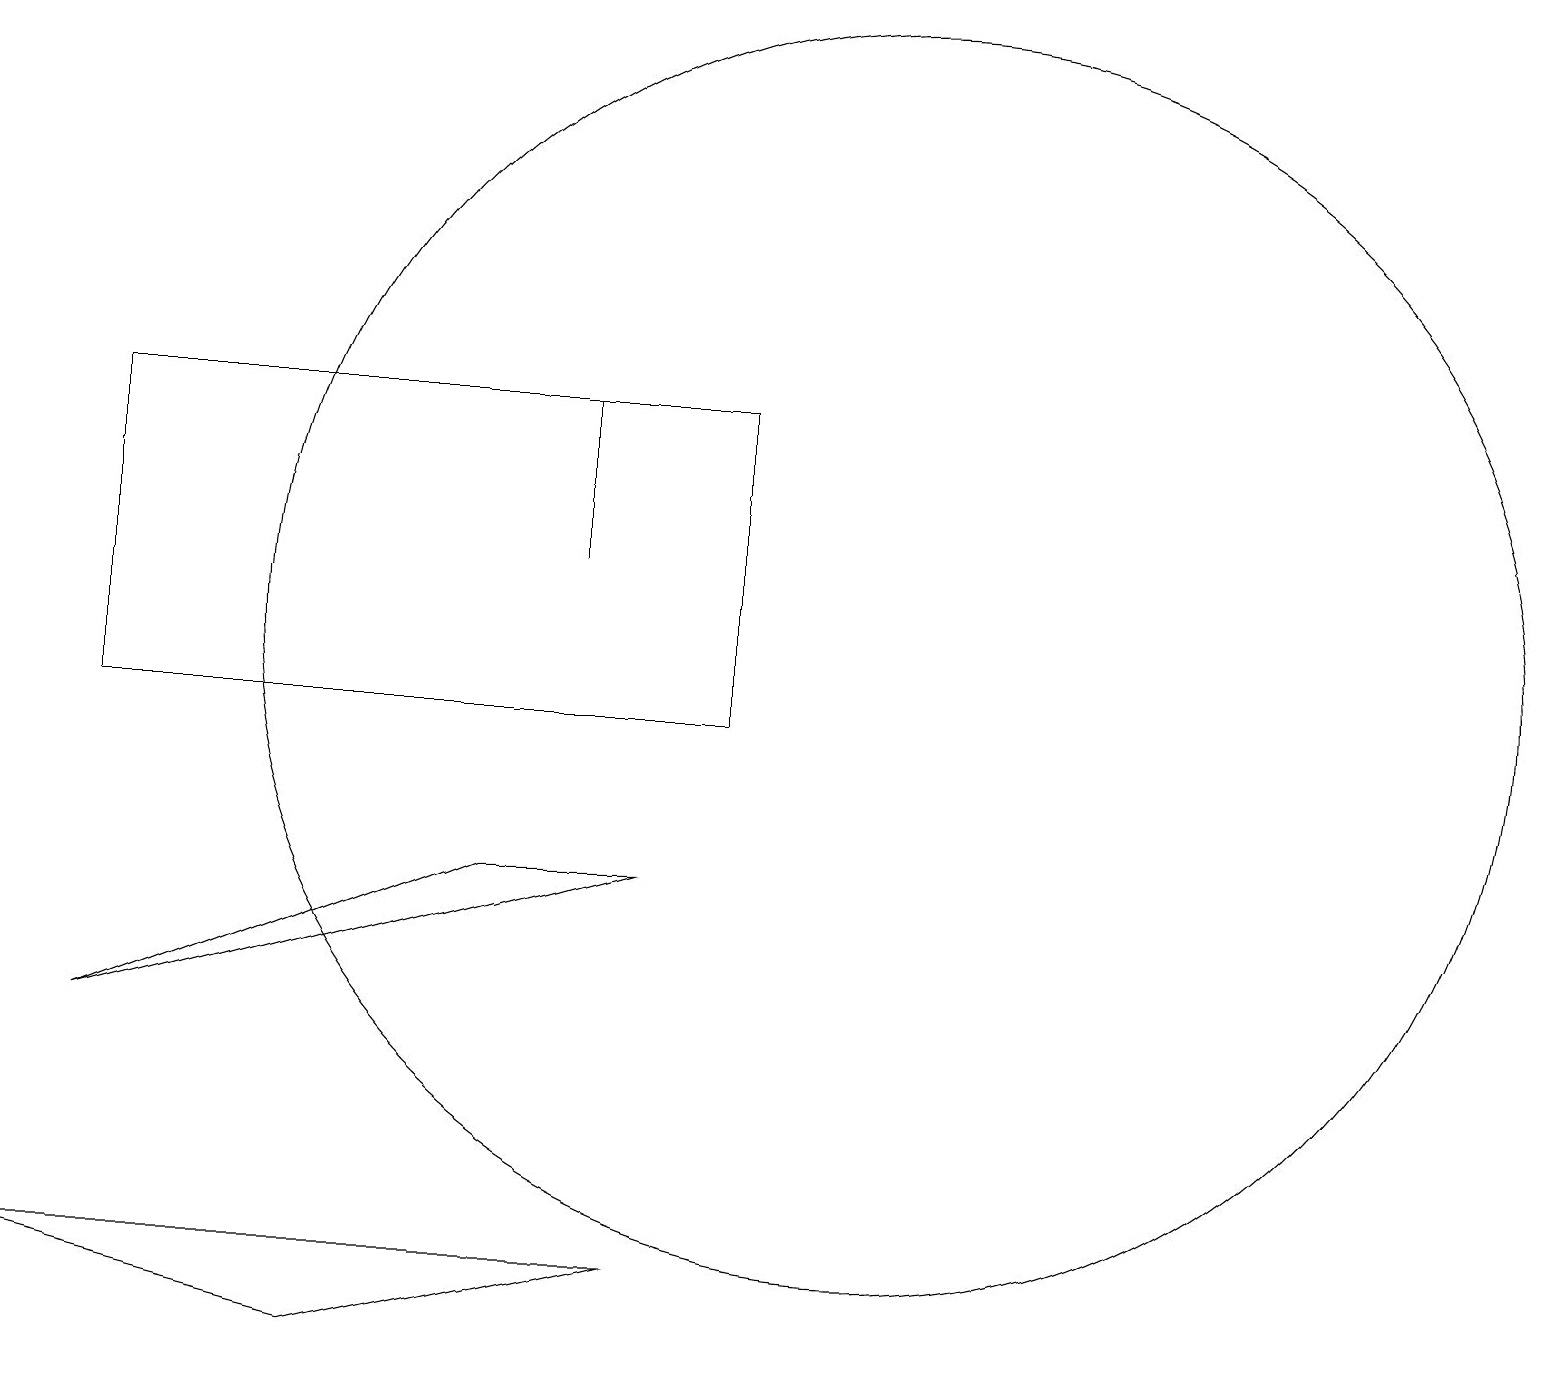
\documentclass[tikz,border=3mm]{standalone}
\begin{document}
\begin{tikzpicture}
\draw (1,15) rectangle (9,11);
\draw (8,9) -- (1,7) -- (6,9) -- cycle;
\draw (7,13) rectangle (7,15);
\draw (0,4) -- (8,4) -- (4,3) -- cycle;
\draw (11,12) circle (8);
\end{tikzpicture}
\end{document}